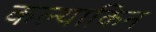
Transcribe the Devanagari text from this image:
कल्याकिन